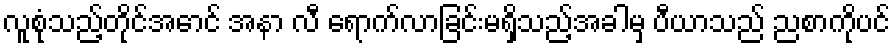
လူစုံသည့်တိုင်အောင် အနာ လီ ရောက်လာခြင်းမရှိသည့်အခါမှ ပီယာသည် ညစာကိုပင်